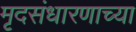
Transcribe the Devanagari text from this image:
मृदसंधारणाच्या